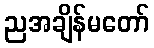
ညအချိန်မတော်